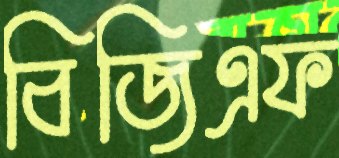
বিজিএফ